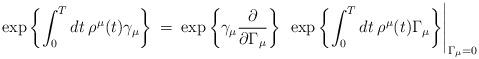
LaTeX: \begin{align*}\exp \left \{\int_0^T dt \> \rho^{\mu}(t)\gamma_{\mu} \right \} \> = \> \exp \left \{ \gamma_{\mu}\frac{\partial}{\partial \Gamma_{\mu}}\right \}\> \> \exp \left \{\int_0^Tdt \> \rho^{\mu}(t)\Gamma_{\mu} \right \}\Biggr|_{\Gamma_{\mu} = 0} \end{align*}